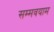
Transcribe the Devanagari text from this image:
सम्मवयाम